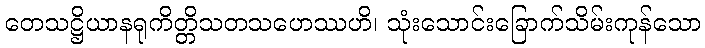
တေသဋ္ဌိယာနရုကိတ္တိသတသဟေဿဟိ၊ သုံးသောင်းခြောက်သိမ်းကုန်သော